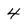
Character: 4